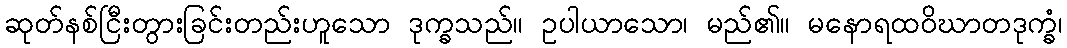
ဆုတ်နစ်ငြီးတွားခြင်းတည်းဟူသော ဒုက္ခသည်။ ဥပါယာသော၊ မည်၏။ မနောရထဝိဃာတဒုက္ခံ၊